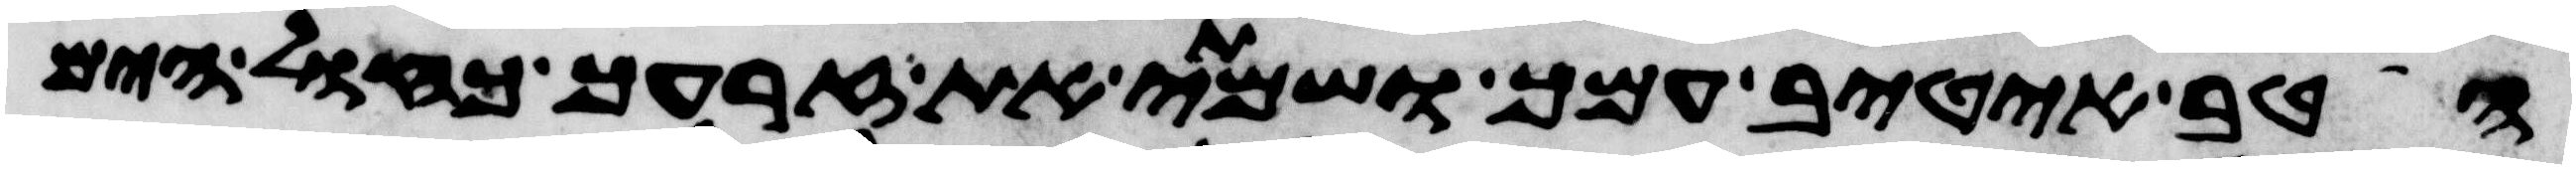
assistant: הטיב אטיב עמך ושמתי את זרעך כחול הים